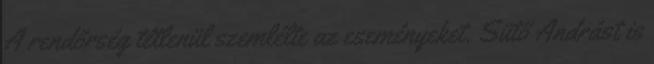
A rendőrség tétlenül szemlélte az eseményeket. Sütő Andrást is